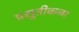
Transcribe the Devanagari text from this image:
प्रसुतीकळा